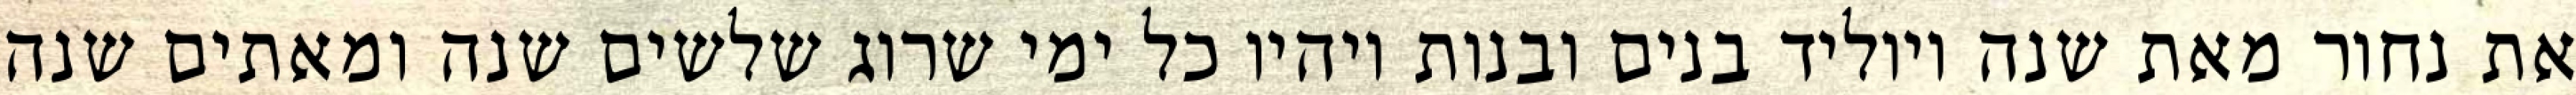
את נחור מאת שנה ויוליד בנים ובנות ויהיו כל ימי שרוג שלשים שנה ומאתים שנה